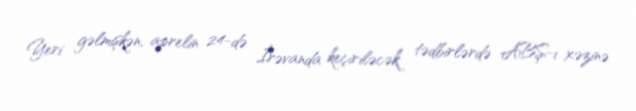
Yeri gəlmişkən, aprelin 24-də İrəvanda keçiriləcək tədbirlərdə ABŞ-ı xəzinə